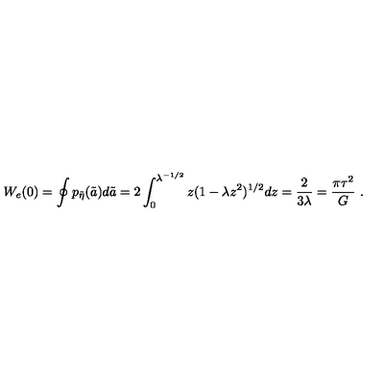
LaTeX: W _ { e } ( 0 ) = \oint p _ { \tilde { \eta } } ( \tilde { a } ) d \tilde { a } = 2 \int _ { 0 } ^ { \lambda ^ { - 1 / 2 } } z ( 1 - \lambda z ^ { 2 } ) ^ { 1 / 2 } d z = { \frac { 2 } { 3 \lambda } } = { \frac { \pi \tau ^ { 2 } } { G } } \ .